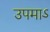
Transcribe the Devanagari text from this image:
उपमाऽ